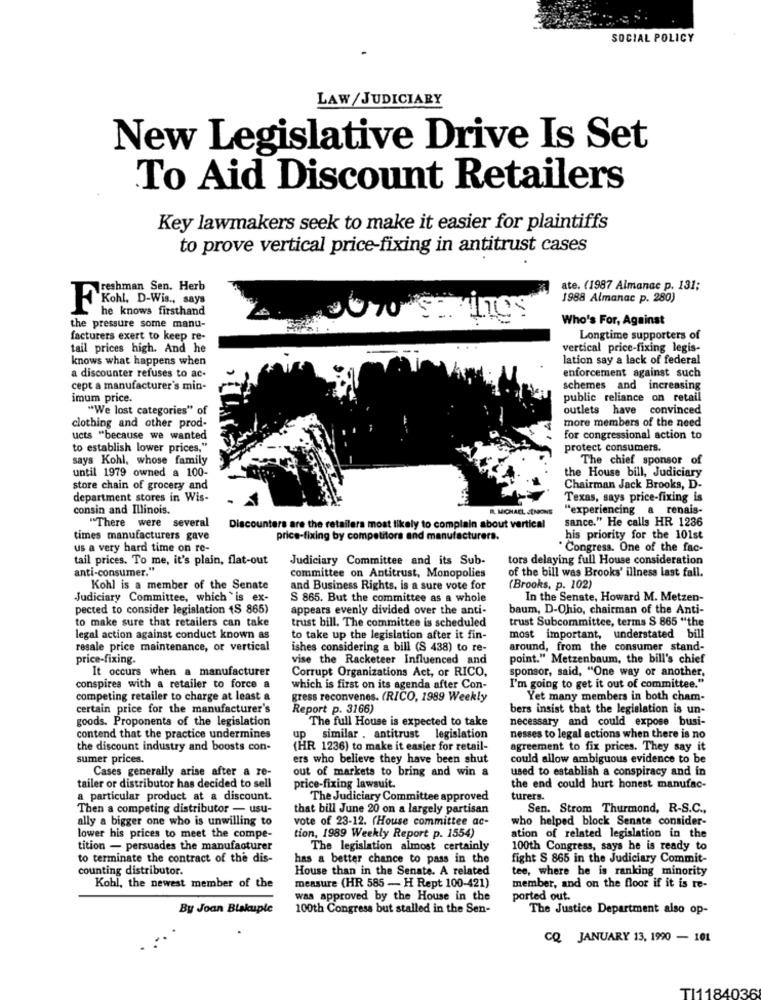
SOCIAL POLICY
LAW/ JUDICIARY
New Legislative Drive Is Set
To Aid Discount Retailers
Key lawmakers seek to make it easier for plaintiffs
to prove vertical price-fixing in antitrust cases
Freshman Sen. Herb
ate. (1987 Almanac p. 131;
1988 Almanac p. 280)
FKohl. D-Wis ., says
he knows firsthand
Who's For, Against
the pressure some manu-
facturers exert to keep re-
Longtime supporters of
tail prices high. And he
vertical price-fixing legis-
knows what happens when
lation say a lack of federal
a discounter refuses to ac-
enforcement against such
cept a manufacturer's min-
schemes and increasing
imum price.
public reliance on retail
"We lost categories" of
outlets have convinced
more members of the need
clothing and other prod-
ucts "because we wanted
for congressional action to
to establish lower prices."
protect consumers.
says Kohl, whose family
The chief sponsor of
the House bill, Judiciary
until 1979 owned a 100-
store chain of grocery and
Chairman Jack Brooks, D-
department stores in Wis-
Texas, says price-fixing is
consin and Illinois.
R. MICHAEL SIMONE
"experiencing a renais-
sance." He calls HR 1236
"There were several
Discounters are the retailers most likely to complain about vertical
times manufacturers gave
price-fixing by competitors and manufacturers.
his priority for the 101st
us a very hard time on re-
Congress. One of the fac-
tail prices. To me, it's plain, flat-out
Judiciary Committee and its Sub-
tors delaying full House consideration
anti-consumer."
of the bill was Brooks' illness last fall.
committee on Antitrust, Monopolies
Kohl is a member of the Senate
and Business Rights, is a sure vote for
(Brooks, p. 102)
Judiciary Committee, which is ex-
S 865. But the committee as a whole
In the Senate, Howard M. Metzen-
pected to consider legislation (S 865)
appears evenly divided over the anti-
baum, D-Ohio, chairman of the Anti-
to make sure that retailers can take
trust bill. The committee is scheduled
trust Subcommittee, terms S 865 "the
legal action against conduct known as
to take up the legislation after it fin-
most important, understated bill
resale price maintenance, or vertical
ishes considering a bill (S 438) to re-
around, from the consumer stand-
price-fixing.
vise the Racketeer Influenced and
point." Metzenbaum, the bill's chief
It occurs when a manufacturer
Corrupt Organizations Act, or RICO,
sponsor, said, "One way or another,
conspires with a retailer to force a
which is first on its agenda after Con-
I'm going to get it out of committee."
competing retailer to charge at least a
gress reconvenes. (RICO, 1989 Weekly
Yet many members in both cham-
certain price for the manufacturer's
Report p. 3166)
bers insist that the legislation is un-
goods. Proponents of the legislation
The full House is expected to take
necessary and could expose busi-
contend that the practice undermines
similar . antitrust legislation
nesses to legal actions when there is no
the discount industry and boosts con-
(HR 1236) to make it easier for retail-
agreement to fix prices. They say it
sumer prices.
ers who believe they have been shut
could allow ambiguous evidence to be
Cases generally arise after a re-
out of markets to bring and win a
used to establish a conspiracy and in
tailer or distributor has decided to sell
price-fixing lawsuit.
the end could hurt honest manufac-
a particular product at a discount.
The Judiciary Committee approved
turers.
Then a competing distributor - usu-
that bill June 20 on a largely partisan
Sen. Strom Thurmond, R-S.C .,
ally a bigger one who is unwilling to
vote of 23-12. (House committee ac-
who helped block Senate consider-
lower his prices to meet the compe-
tion, 1989 Weekly Report p. 1554)
ation of related legislation in the
tition - persuades the manufacturer
The legislation almost certainly
100th Congress, says he is ready to
to terminate the contract of the dis-
has a better chance to pass in the
fight S 865 in the Judiciary Commit-
counting distributor.
House than in the Senate. A related
tee, where he is ranking minority
measure (HR 585 - H Rept 100-421)
Kohl, the newest member of the
member, and on the floor if it is re-
was approved by the House in the
ported out.
By Joan Biskuple
100th Congress but stalled in the Sen-
The Justice Department also op-
CQ JANUARY 13, 1990 - 101
TI1184036